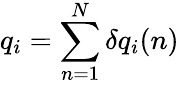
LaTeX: q_{i}=\sum_{n=1}^{N}\delta q_{i}(n)